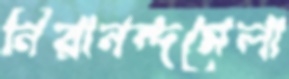
নিরানন্দমেলা